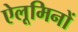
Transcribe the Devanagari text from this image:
ऐलूमिनों